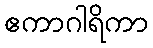
ဧကာဂါရိကာ